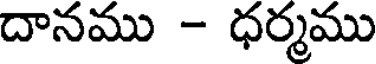
దానము - ధర్మము